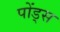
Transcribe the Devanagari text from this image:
पोंड्स